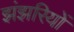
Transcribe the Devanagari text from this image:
झंझरियों